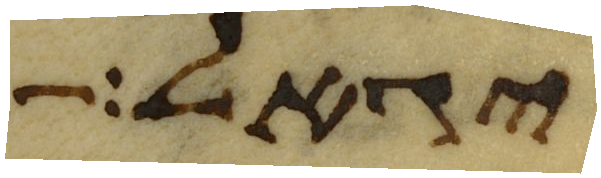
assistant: יגאל